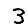
Digit: 3